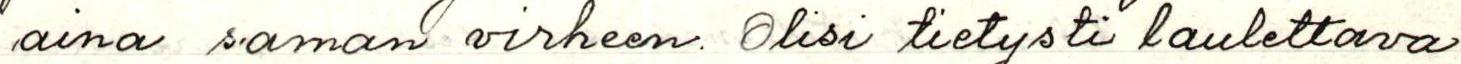
aina saman virheen. Olisi tietysti laulettava